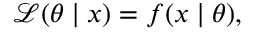
{ \mathcal { L } } ( \theta \mid x ) = f ( x \mid \theta ) ,